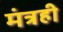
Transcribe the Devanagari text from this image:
मंत्रही